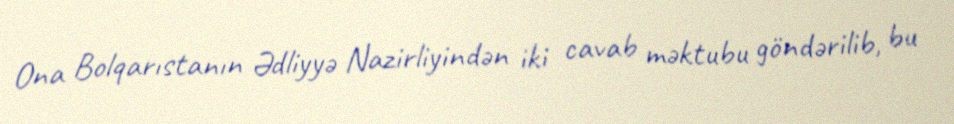
Ona Bolqarıstanın Ədliyyə Nazirliyindən iki cavab məktubu göndərilib, bu